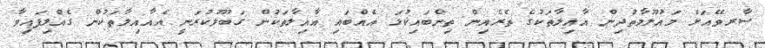
ސާރވޭއަށް މައުލޫމާތުދިން އާއިލާތަކުގެ ތެރެއިން ތިންބައިކުޅަ އެއްބައި އާއިލާތަކުން ގަބޫލުކުރަނީ އެއާއިލާތަކުން ގެއްލިފައިވާ